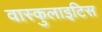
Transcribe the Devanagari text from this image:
वास्कुलाइटिस